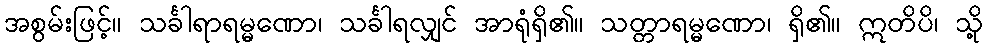
အစွမ်းဖြင့်။ သင်္ခါရာရမ္မဏော၊ သင်္ခါရလျှင် အာရုံရှိ၏။ သတ္တာရမ္မဏော၊ ရှိ၏။ ဣတိပိ၊ သို့